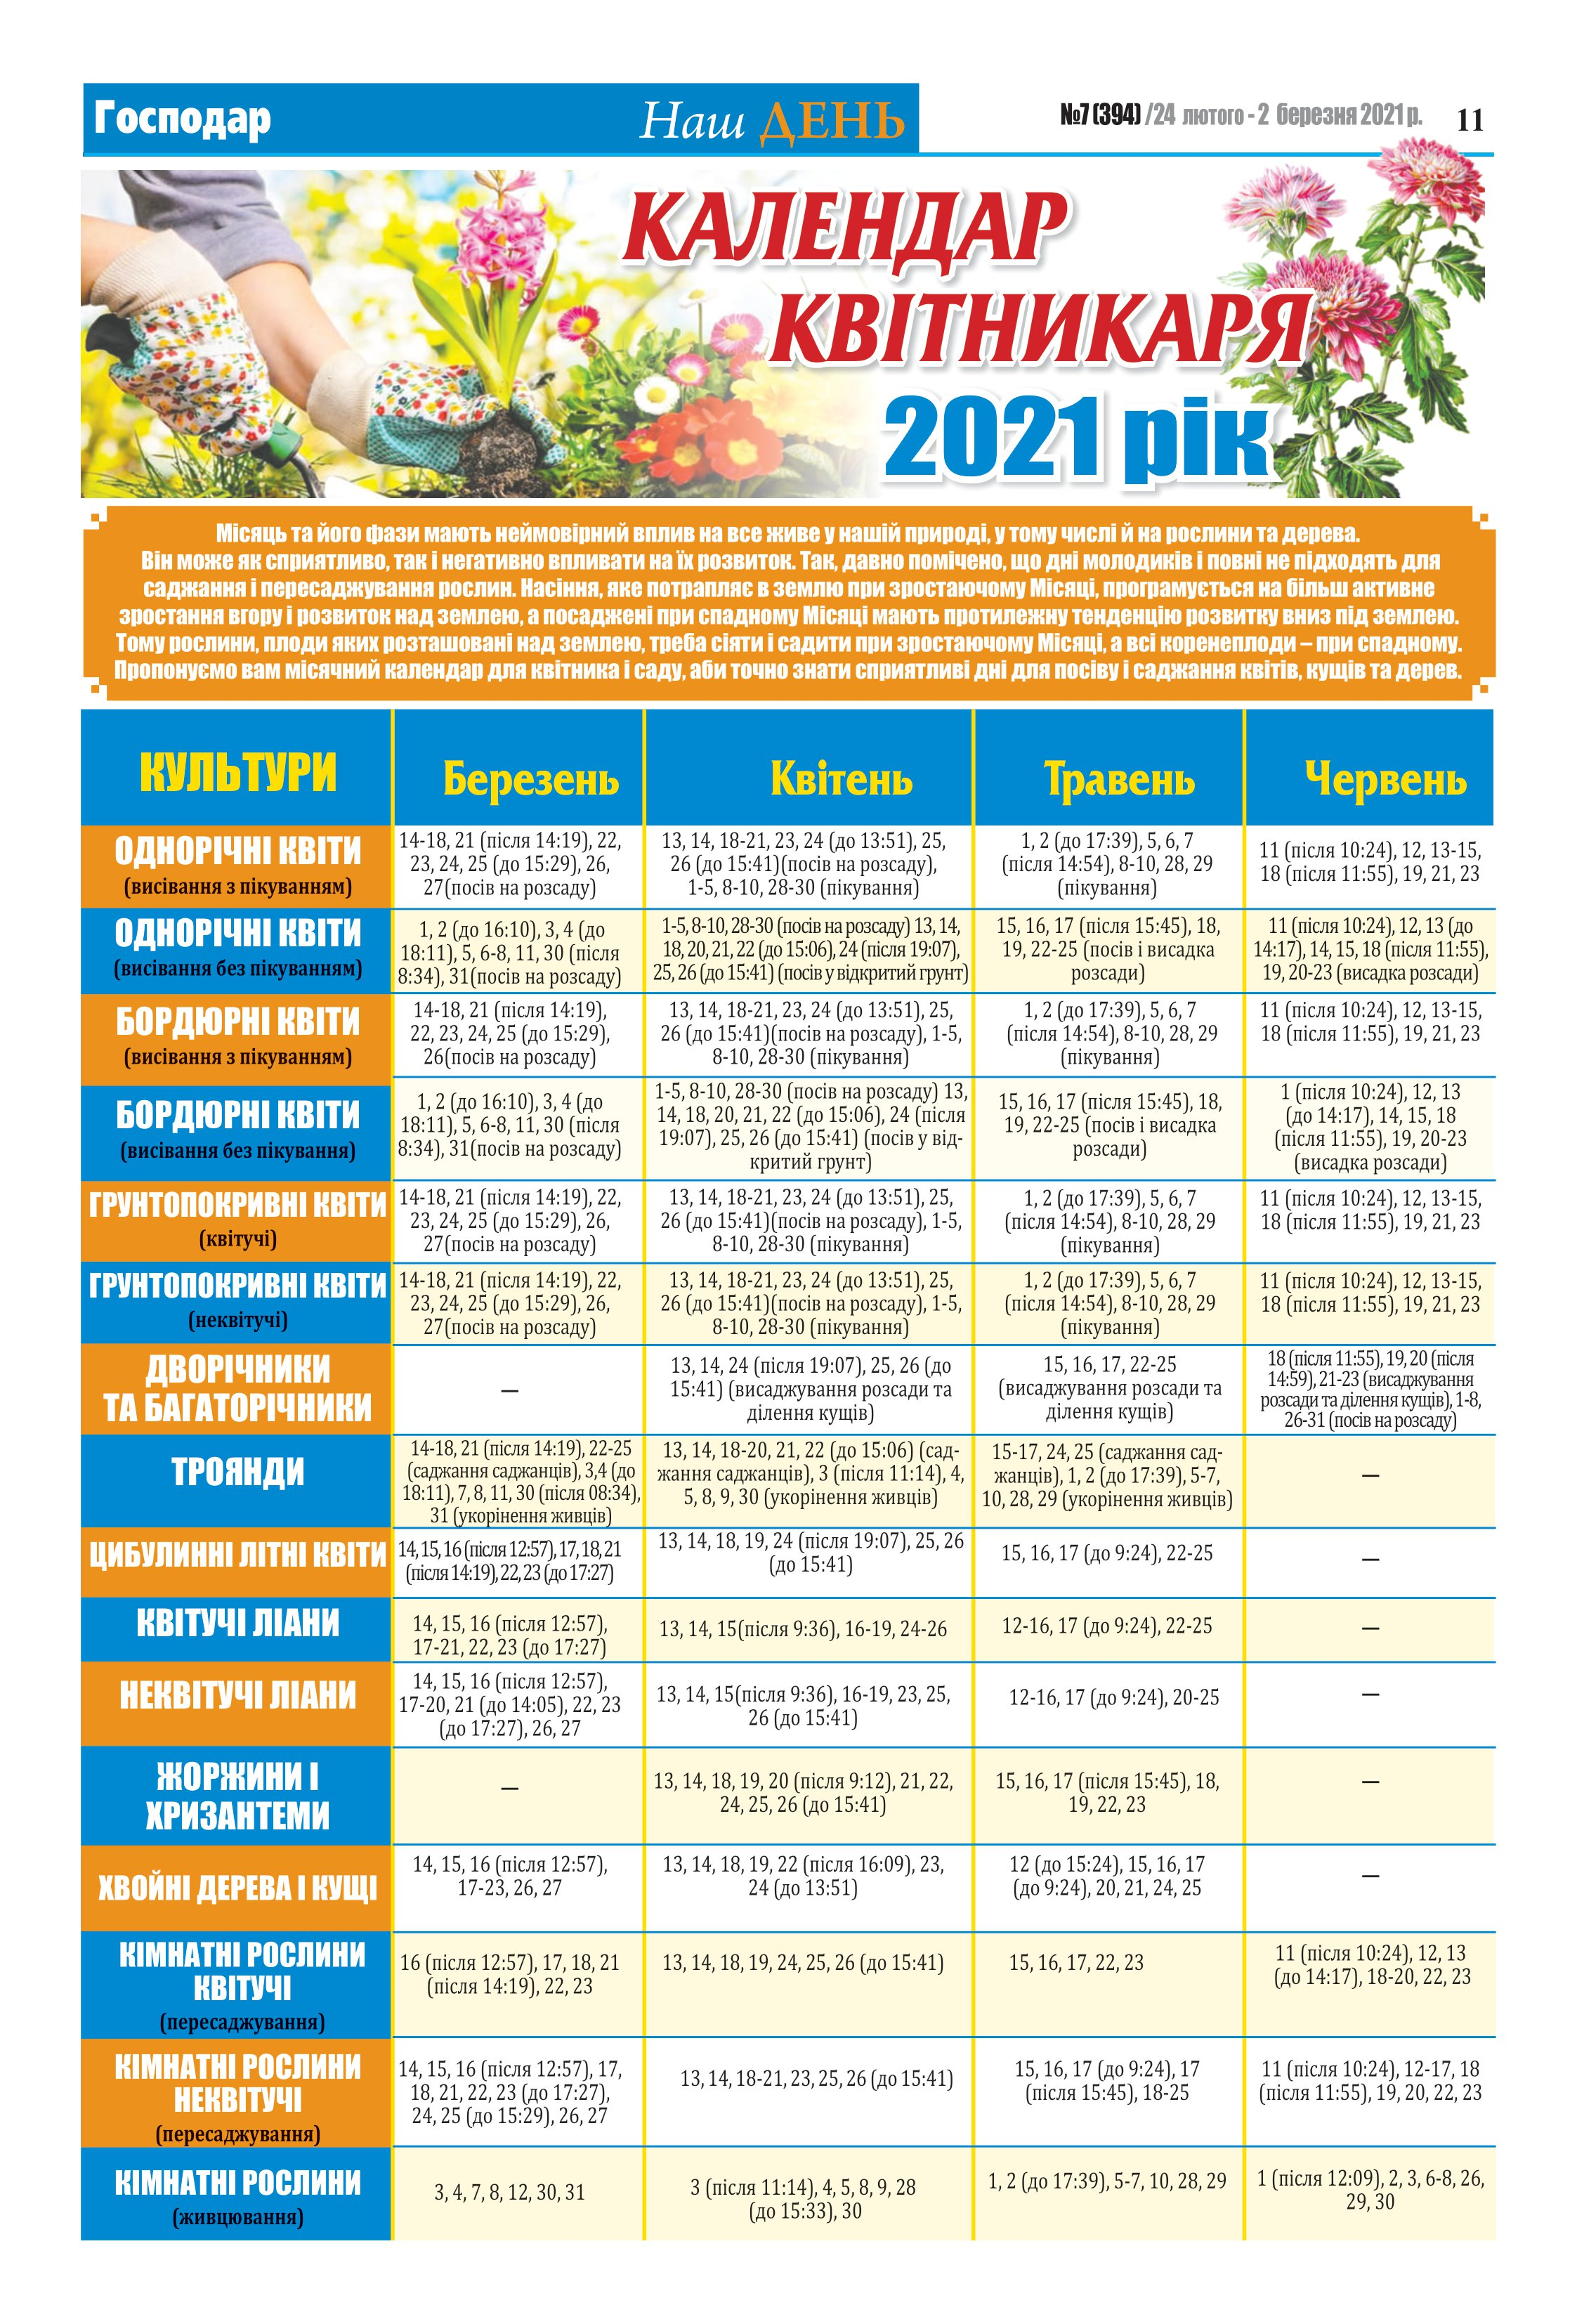
Language: uk